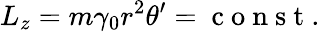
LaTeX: L_{z}=m\gamma_{0}r^{2}\theta^{\prime}=\mathrm{~c~o~n~s~t~.~}